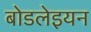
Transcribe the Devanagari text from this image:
बोडलेइयन